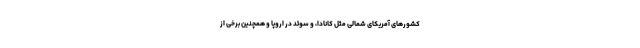
کشور‌های آمریکای شمالی مثل کانادا، و سوئد در اروپا و همچنین برخی از